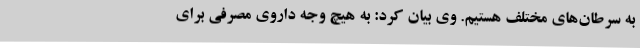
به سرطان‌های مختلف هستیم. وی بیان کرد: به هیچ وجه داروی مصرفی برای